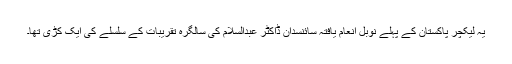
یہ لیکچر پاکستان کے پہلے نوبل انعام یافتہ سائنسدان ڈاکٹر عبدالسلام کی سالگرہ تقریبات کے سلسلے کی ایک کڑی تھا۔